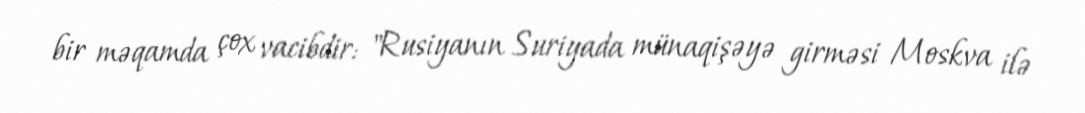
bir məqamda çox vacibdir: "Rusiyanın Suriyada münaqişəyə girməsi Moskva ilə